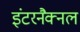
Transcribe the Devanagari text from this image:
इंटरनैक्नल